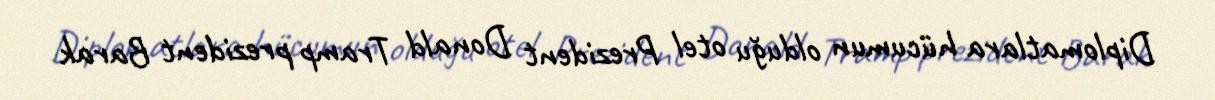
Diplomatlara hücumun olduğu otel Prezident Donald Tramp prezident Barak